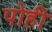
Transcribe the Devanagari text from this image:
पोही